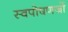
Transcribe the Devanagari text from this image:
स्वपोषणजों